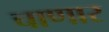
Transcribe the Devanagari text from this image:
चाणार